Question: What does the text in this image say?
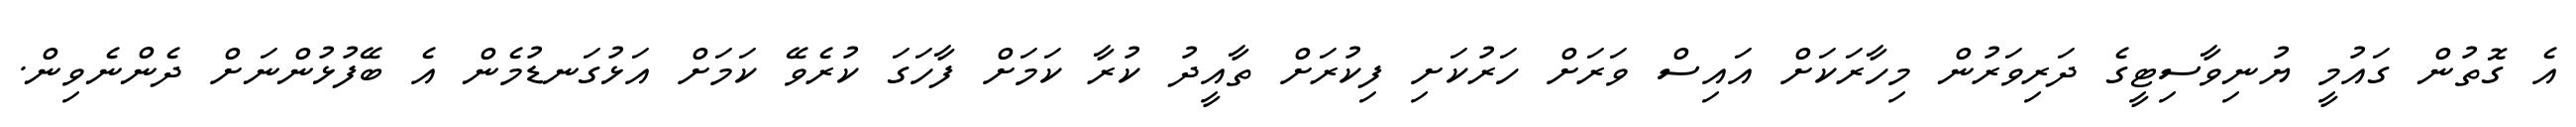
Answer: އެ ގޮތުން ގައުމީ ޔުނިވާސިޓީގެ ދަރިވަރުން މިހާރަކަށް އައިސް ވަރަށް ހަރުކަށި ފިކުރަށް ތާއީދު ކުރާ ކަމަށް ފާހަގަ ކުރެވޭ ކަމަށް އަޅުގަނޑުމެން އެ ބޭފުޅުންނަށް ދެންނެވިން.